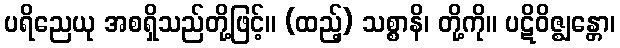
ပရိညေယု အစရှိသည်တို့ဖြင့်။ (ထည့်) သစ္စာနိ၊ တို့ကို။ ပဋိဝိဇ္ဈန္တော၊